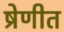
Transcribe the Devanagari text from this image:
ष्रेणीत